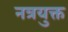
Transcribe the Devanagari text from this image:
नत्रयुक्त